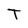
Character: T